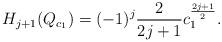
LaTeX: \begin{align*}H_{j+1}(Q_{c_1})=(-1)^j\frac{2}{2j+1}c_1^{\frac{2j+1}{2}}.\end{align*}